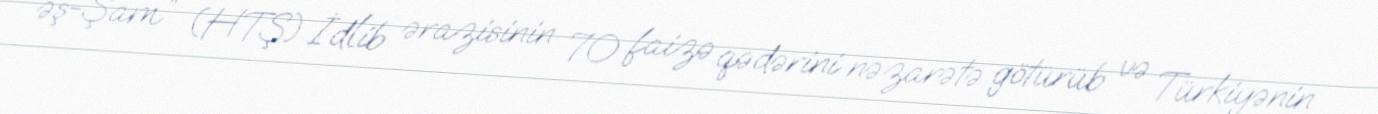
əş-Şam” (HTŞ) İdlib ərazisinin 70 faizə qədərini nəzarətə götürüb və Türkiyənin